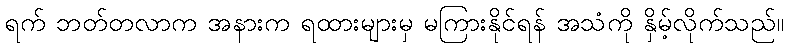
ရက် ဘတ်တလာက အနားက ရထားများမှ မကြားနိုင်ရန် အသံကို နှိမ့်လိုက်သည်။